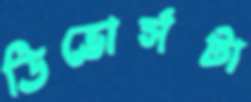
ডিভোর্সটা